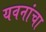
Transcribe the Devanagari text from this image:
यवनांचा